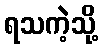
ရသကဲ့သို့